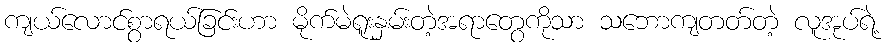
ကျယ်လောင်စွာရယ်ခြင်းဟာ မိုက်မဲရူးနှမ်းတဲ့အရာတွေကိုသာ သဘောကျတတ်တဲ့ လူအုပ်ရဲ့